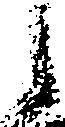
之